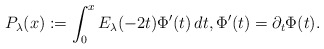
\begin{align*}P_\lambda(x):= \int_0^x E_\lambda(-2t)\Phi'(t)\,dt, \Phi'(t)=\partial_t\Phi(t).\end{align*}